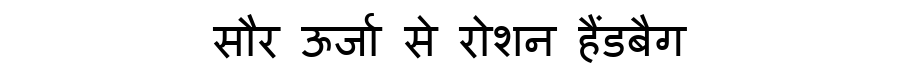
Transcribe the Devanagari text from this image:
सौर ऊर्जा से रोशन हैंडबैग